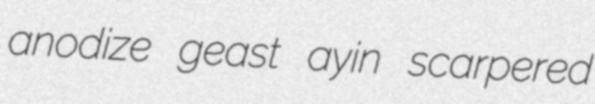
anodize geast ayin scarpered